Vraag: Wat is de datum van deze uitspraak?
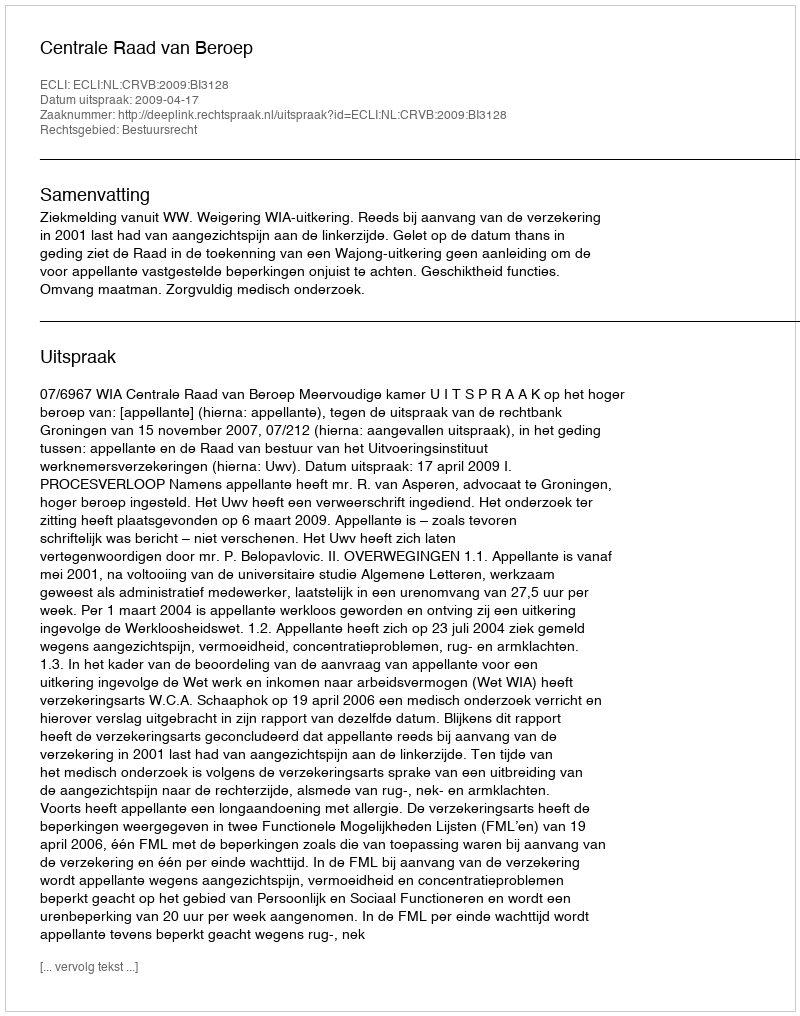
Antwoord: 2009-04-17